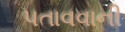
પતાવવાની